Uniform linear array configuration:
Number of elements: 32
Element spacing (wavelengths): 0.5
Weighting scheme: hann
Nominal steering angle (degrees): -60
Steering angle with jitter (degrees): -58.003
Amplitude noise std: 0.05
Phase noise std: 0.05

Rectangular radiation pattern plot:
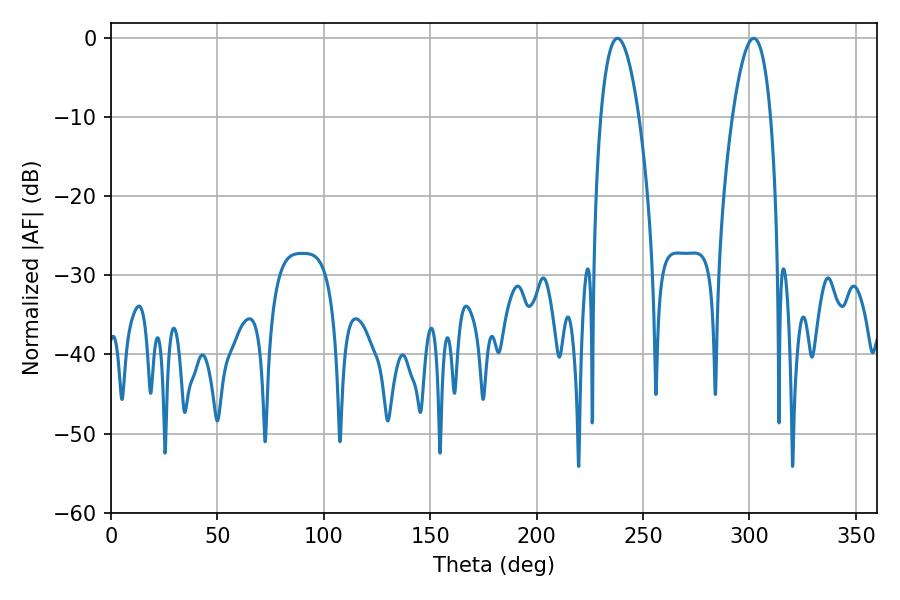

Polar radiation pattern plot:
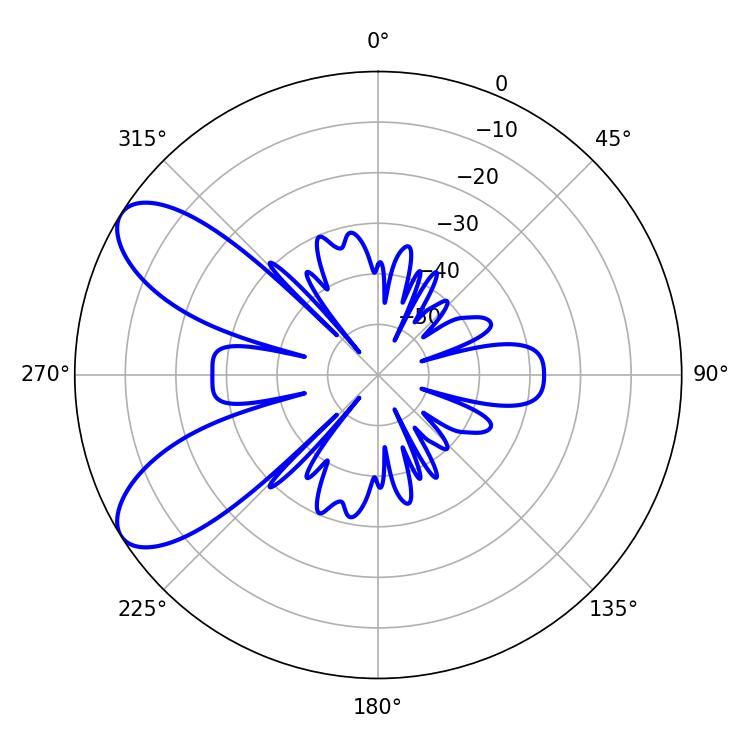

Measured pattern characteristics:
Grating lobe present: FALSE
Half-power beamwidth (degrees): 9.72
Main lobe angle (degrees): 237.96